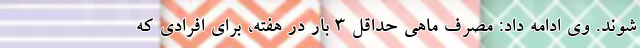
‌شوند. وی ادامه داد: مصرف ماهی حداقل ۳ بار در هفته، برای افرادی که